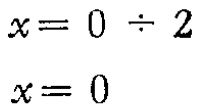
\[

\begin{align*}

x&=0\div2\\

x&=0

\end{align*}

\]